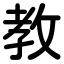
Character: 教